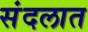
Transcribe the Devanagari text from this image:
संदलात